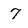
Character: 7